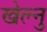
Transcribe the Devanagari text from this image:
खेल्नु